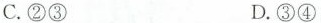
C.②③ D.③④